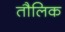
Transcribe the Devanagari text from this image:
तौलिक